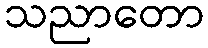
သညာတော